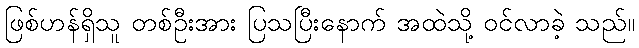
ဖြစ်ဟန်ရှိသူ တစ်ဦးအား ပြသပြီးနောက် အထဲသို့ ဝင်လာခဲ့ သည်။